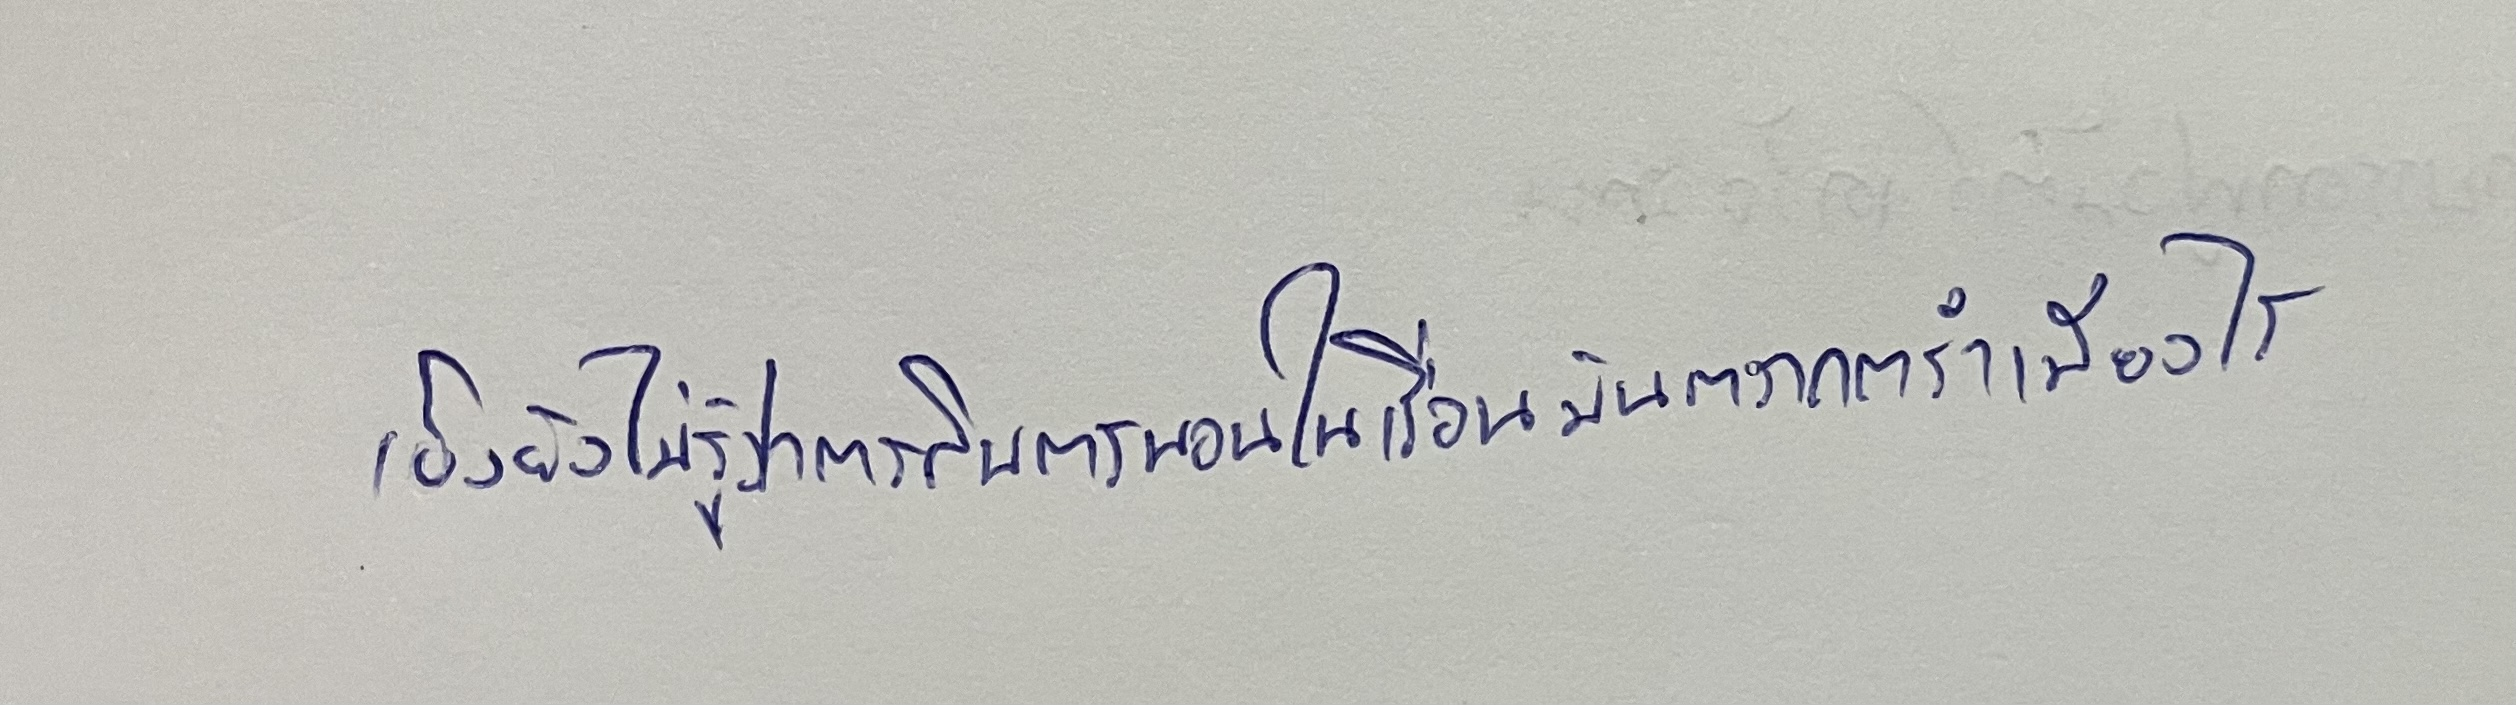
เอ็งยังไม่รู้ว่าการกินการนอนในเรือมันตรากตรำเพียงไร